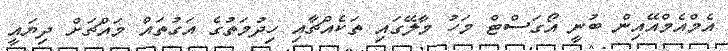
އެމްއެމްއޭއިން ބުނީ އޯގަސްޓް މަހު މާލޭގައި ތަކެއްޗާއި ހިދުމަތުގެ އަގުތައް މައްޗަށް ދިޔައީ